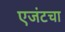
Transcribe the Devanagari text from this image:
एजंटचा